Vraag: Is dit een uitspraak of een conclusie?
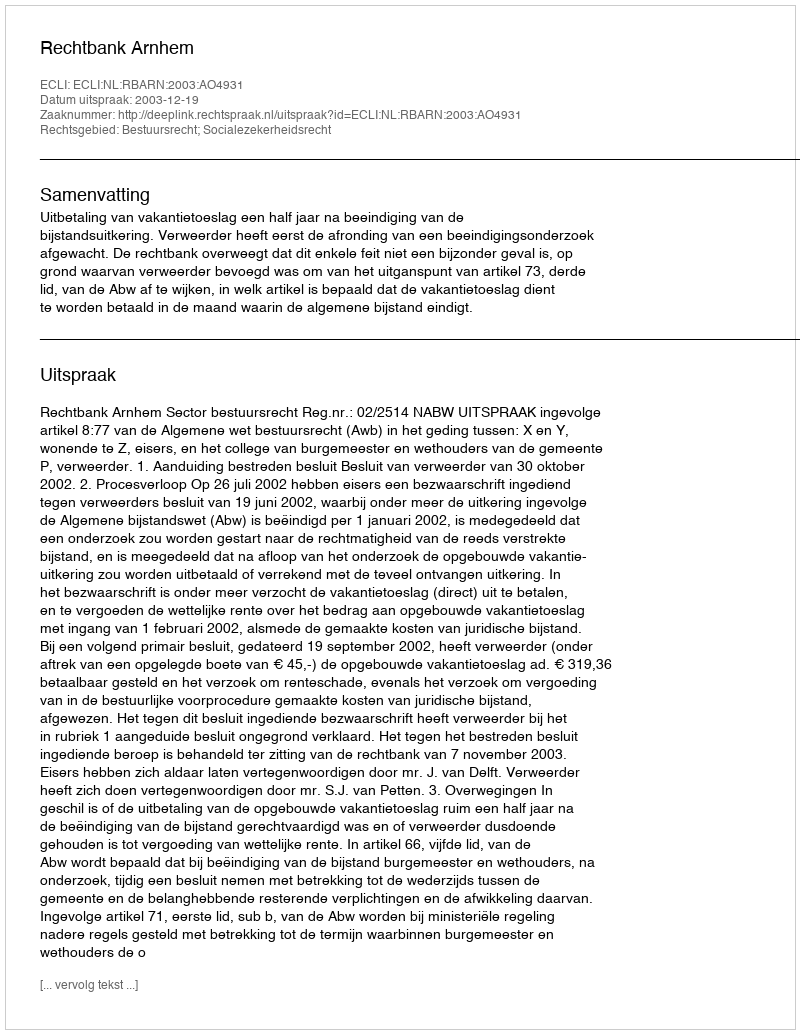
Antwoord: Uitspraak